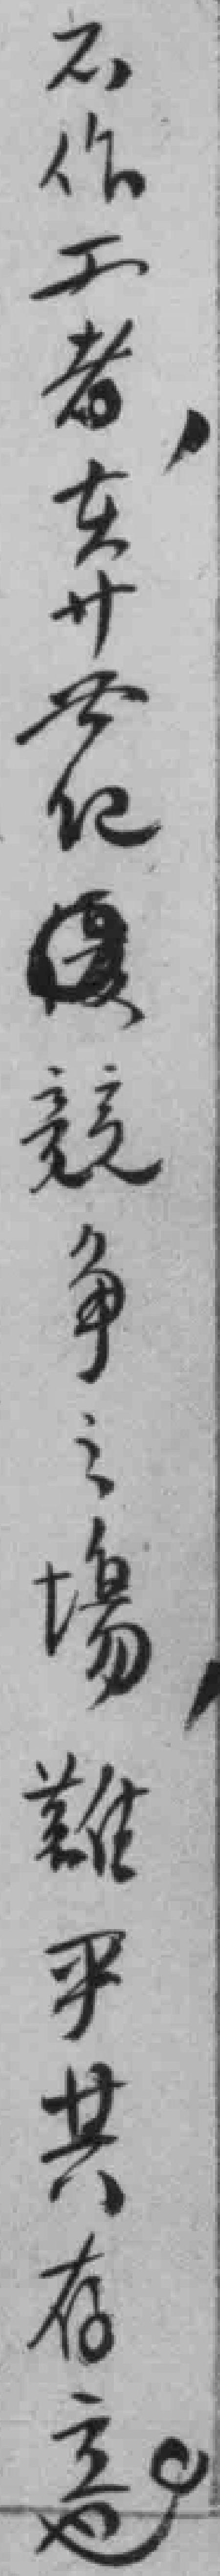
不作工者，*纪*競争之場，難乎其存立也。